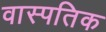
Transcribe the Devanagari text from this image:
वास्पतिक